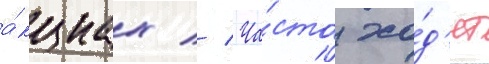
а́кциах // Ча́сто хо́д'ит